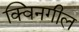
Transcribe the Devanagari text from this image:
क्विनगील